Report on vaccination in Madras 1904-1921 - 1904-1921
Year: 1904
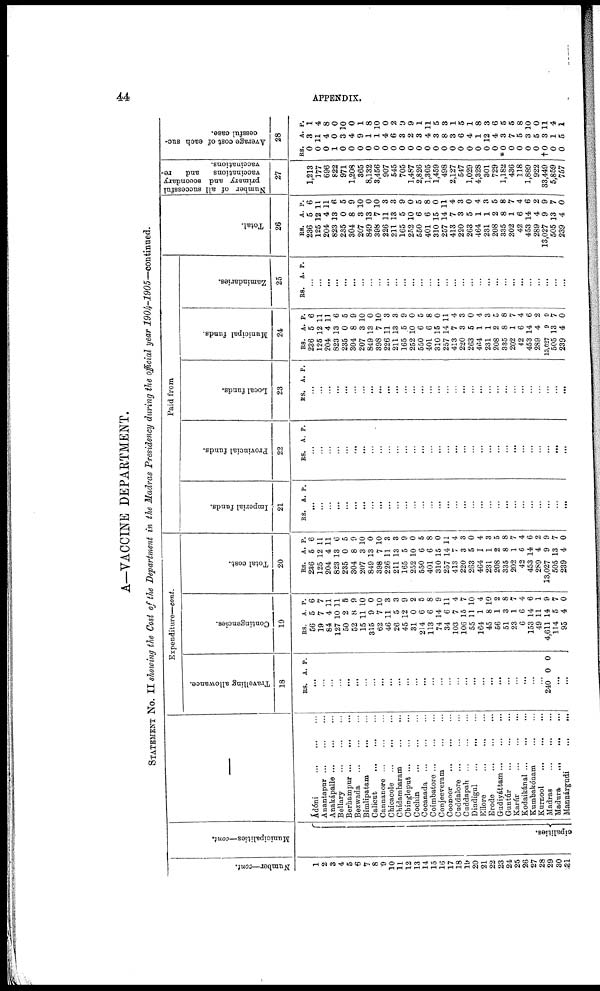
44
APPENDIX.
A—VACCINE DEPARTMENT.
STATEMENT NO. II showing the Cost of the Department in the Madras Presidency during the official year 1904-1905—continued.
Number—cont.
1
2
3
4
5
6
7 8
9
10
11
12
13
14
15
16
17
18
19
20
21
22
23
24
25
26
27
28
29
30
31
Municipalities—cont.
cipalities.
Àdóni
...
...
...
Anantapur ... ... ...
Anakápalle
...
...
...
Bellary
...
...
...
Berhampur
...
...
...
Bezwada ... ... ...
Bimlipatam
...
...
Calicut
...
...
...
Cannanore ... ... ...
Chicacole ...
...
...
Chidambaram ... ...
Chingleput
...
...
...
Cochin
...
...
...
Cocanada ... ... ...
Coimbatore
...
...
...
Conjeeveram ... ...
Coonoor ... ... ...
Cuddalore
...
...
...
Cuddapah ... ... ...
Dindigul
...
...
...
Ellore
...
...
...
Erode
...
...
...
Gudiyáttam
...
...
...
Guntúr
...
...
...
Karúr
...
...
...
Kodaikánal ...
...
...
Kumbakónam
... ...
Kurnool
...
...
...
Madras
...
...
...
Madura
...
...
...
Mannárgudi
...
...
Expenditure—cont.
Travelling allowance.
18
RS. A. P.
...
...
...
...
...
...
...
...
...
...
...
...
...
...
...
...
...
...
...
...
...
...
...
...
...
...
...
...
240 0 0
...
...
Contingencies.
19
RS.
56
19
84
127
50
52
15
315
62
46
26
45
31
214
113
74
34
103
106
55
164
45
56
51
23
6
153
49
4,611
114
95
A.
5
7
4
10
2
8
11
9
7
11
5
12
0
6
6
14
6
7
15
11
1
8
1
3
1
6
14
11
14
5
4
P.
6
7
11
11
5
9
10
0
10
3
3
9
2
5
8
9
11
4
7
10
4
10
2
8
7
4
6
1
9
7
0
Total cost.
20
RS.
236
125
204
823
235
304
207
849
398
226
211
165
252
550
401
310
257
413
220
263
464
231
208
335
202
42
453
289
13,027
505
239
A.
5
12
4
13
0
8
3
13
7
11
13
5
10
6
6
15
14
7
3
5
1
1
2
8
1
6
14
4
9
13
4
P.
6
11
11
6
5
9
10
0
10
3
3
9
0
5
8
0
11
4
3
0
4
3
5
8
7
4
6
2
9
7
0
Paid from
Imperial funds.
51
RS. A. P.
...
...
...
...
...
...
...
...
...
...
...
...
...
...
...
...
...
...
...
...
...
...
...
...
...
...
...
...
...
...
...
Provincial funds.
22
RS. A P.
...
...
...
...
...
...
...
...
...
...
...
...
...
...
...
...
...
...
...
...
...
...
...
...
...
...
...
...
...
...
...
Local funds.
23
RS. A. P.
...
...
...
...
...
...
...
...
...
...
...
...
...
...
...
...
...
...
...
...
...
...
...
...
...
...
...
...
...
...
...
Municipal funds.
24
RS.
236
125
204
823
235
304
207
849
398
226
211
165
252
550
401
310
257
413
220
263
464
231
208
335
202
42
453
289
13,027
505
239
A.
5
12
4
13
0
8
3
13
7
11
13
5
10
6
6
15
14
7
3
5
1
1
2
8
1
6
14
4
9
13
4
P.
6
11
11
6
5
9
10
0
10
3
3
9
0
5
8
0
11
4
3
0
4
3
5
8
7
4
6
2
0
7
0
Zamindaries.
25
RS. A. P.
...
...
...
...
...
...
...
...
...
...
...
...
...
...
...
...
...
...
...
...
...
...
...
...
...
...
...
...
...
...
...
Total.
26
RS.
236
125
204
823
235
304
207
849
398
226
211
165
252
550
401
310
257
413
220
263
464
231
208
335
202
42
453
289
13,027
505
239
A.
5
12
4
13
0
8
3
13
7
11
13
5
10
6
6
15
14
7
3
5
1
1
2
8
1
6
14
4
9
13
4
P.
6
11
11
6
5
9
10
0
10
3
3
9
0
5
8
0
11
4
3
0
4
3
5
8
7
4
6
2
9
7
0
Number of all successful
primary and secondary
vaccinations
and re¬
vaccinations.
27
1,213
377
696
822
971
1,208
365
8,132
3,456
907
545
705
1,487
2,826
1,305
1,459
498
2,127
547
1,029
4,328
301
729
1,182
436
118
1,889
922
33,449
5,859
757
Average cost of each suc-
cessful case.
28
RS.
0
0
0
1
0
0
0
0
0
0
0
0
0
0
0
0
0
0
0
0
0
0
0
*0
0
0
0
0
†0
0
0
A.
3
11
4
0
3
4
9
1
1
4
6
3
2
3
4
3
8
3
6
4
1
12
4
3
7
5
3
5
3
1
5
P.
1
4
8
0
10
0
1
8
10
0
2
9
9
1
11
5
3
1
5
1
8
3
6
5
5
8
10
0
11
4
1